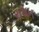
રાશન